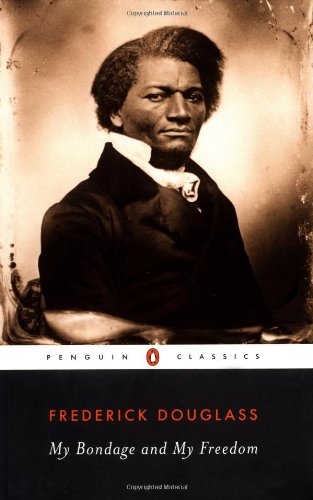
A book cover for My Bondage and My Freedom (Penguin Classics); Frederick Douglass; History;